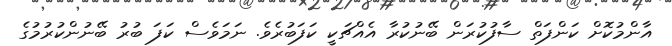
އާންމުކޮށް ކަންފަތް ސާފުކުރަން ބޭނުކުރާ އެއްޗަކީ ކަފަބުރެވެ. ނަމަވެސް ކަފަ ބުރު ބޭނުންކުރުމުގެ